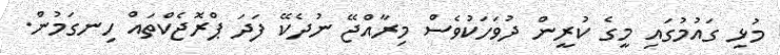
މުޅި ގައުމުގައި މީގެ ކުރީން ދުވަހަކުވެސް މިރާއްޖޭ ނުދެކޭ ފަދަ ޕްރޮޖެކްތައް ހިނގަމުން.